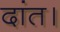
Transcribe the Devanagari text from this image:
दांत।